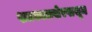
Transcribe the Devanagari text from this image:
शतकाअखेरपासून